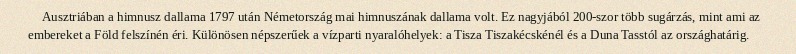
Ausztriában a himnusz dallama 1797 után Németország mai himnuszának dallama volt. Ez nagyjából 200-szor több sugárzás, mint ami az embereket a Föld felszínén éri. Különösen népszerűek a vízparti nyaralóhelyek: a Tisza Tiszakécskénél és a Duna Tasstól az országhatárig.